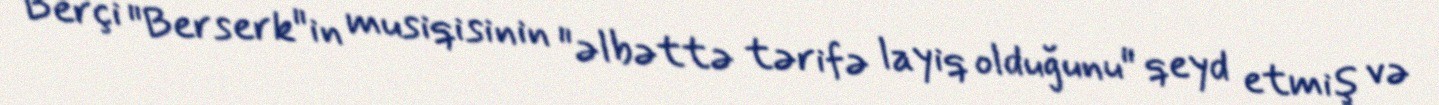
Berçi "Berserk"in musiqisinin "əlbəttə tərifə layiq olduğunu" qeyd etmiş və